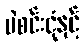
ပဲစင်းငုံနှင့်